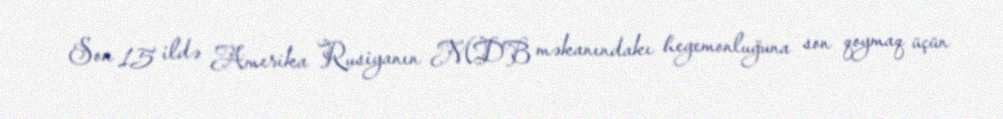
Son 15 ildə Amerika Rusiyanın MDB məkanındakı hegemonluğuna son qoymaq üçün